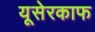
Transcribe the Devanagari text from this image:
यूसेरकाफ